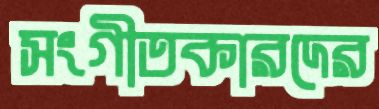
সংগীতকারদের